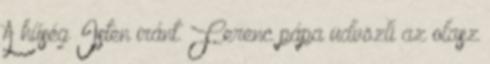
A hűség Isten iránt. Ferenc pápa üdvözli az olasz